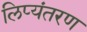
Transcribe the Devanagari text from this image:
लिप्‍यंतरण